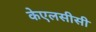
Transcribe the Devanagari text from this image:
केएलसीसी